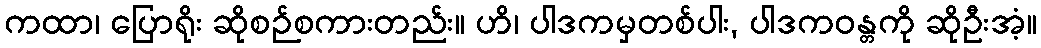
ကထာ၊ ပြောရိုး ဆိုစဉ်စကားတည်း။ ဟိ၊ ပါဒကမှတစ်ပါး, ပါဒကဝန္တကို ဆိုဦးအံ့။